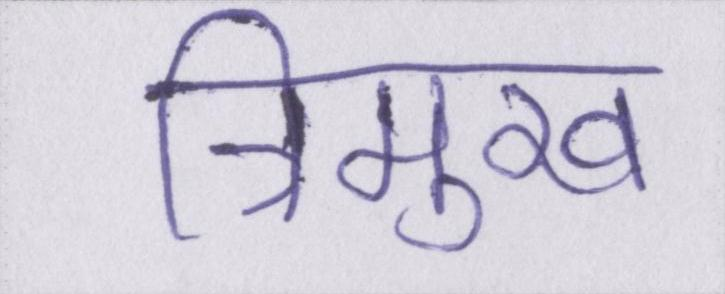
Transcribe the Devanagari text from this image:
त्रिमुख